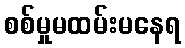
စစ်မှုမထမ်းမနေရ